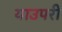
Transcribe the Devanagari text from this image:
याउपरी